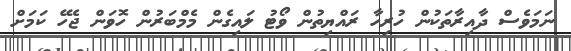
ނަމަވެސް ދާއިރާތަކުން ހުރިހާ ރައްޔިތުން ވޯޓު ލައިގެން މެމްބަރުން ހޮވަން ޖެހޭ ކަމަށް